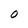
Character: 0